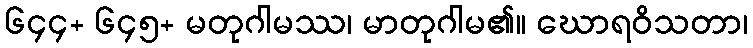
၆၄၄+ ၆၄၅+ မတုဂါမဿ၊ မာတုဂါမ၏။ ဃောရဝိသတာ၊